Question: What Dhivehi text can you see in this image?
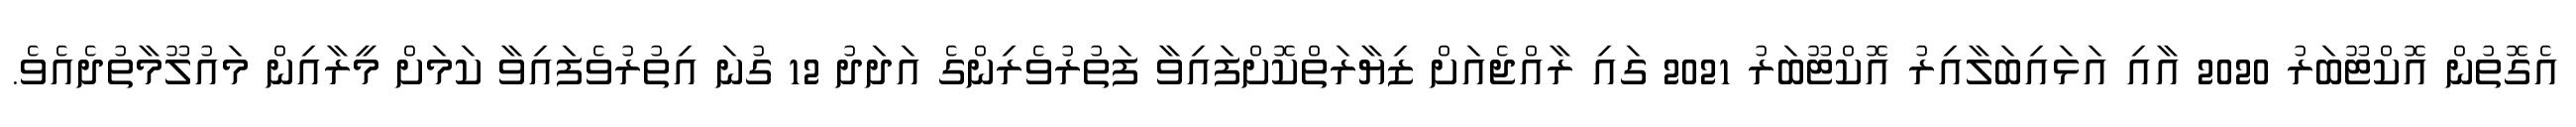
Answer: އެގޮތުން އޮކްޓޫބަރު 2020 އާއި އަޅައިބަލާއިރު އޮކްޓޫބަރު 2021 ގައި ރާއްޖެއަށް ޒިޔާރަތްކޮށްފައިވާ ފަތުރުވެރިންގެ އަދަދު 12 ގުނަ އިތުރުވެފައިވާ ކަމަށް މީރާއިން މައުލޫމާތުދެއެވެ.